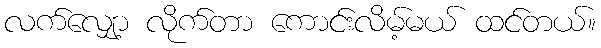
လက်လျှော့ လိုက်တာ ကောင်းလိမ့်မယ် ထင်တယ်။